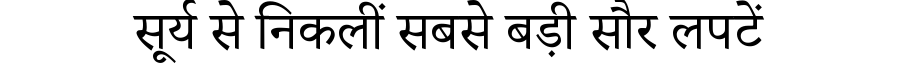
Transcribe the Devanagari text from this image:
सूर्य से निकलीं सबसे बड़ी सौर लपटें